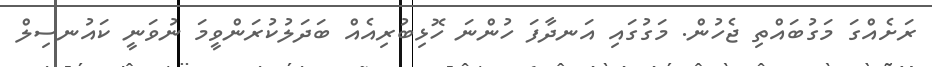
ރަށެއްގަ މަގުބައްތި ޖެހުން. މަގުގައި އަނދާފަ ހުންނަ ހޮޅިބުރިއެއް ބަދަލުކުރަންވީމަ ނުވަނީ ކައުނސިލް